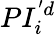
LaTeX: PI_{i}^{'d}